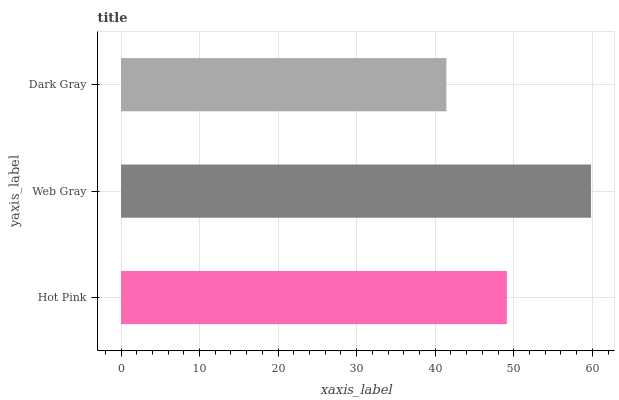
| yaxis_label | bars |
 | --- | --- |
 | Hot Pink | 49.1 |
 | Web Gray | 59.8 |
 | Dark Gray | 41.4 |